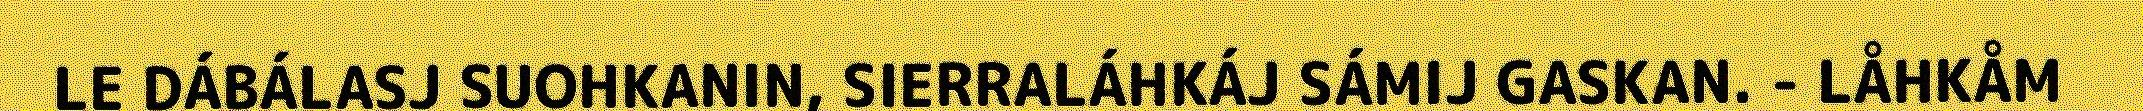
LE DÁBÁLASJ SUOHKANIN, SIERRALÁHKÁJ SÁMIJ GASKAN. - LÅHKÅM